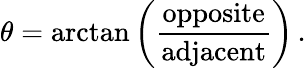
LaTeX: \theta=\arctan\left({\frac{\mathrm{opposite}}{\mathrm{adjacent}}}\right)\, .